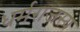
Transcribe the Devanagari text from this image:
धर्मराजस्य